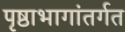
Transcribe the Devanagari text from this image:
पृष्ठाभागांतर्गत